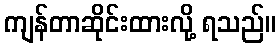
ကျန်တာဆိုင်းထားလို့ ရသည်။